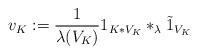
LaTeX: \begin{align*}v_K:=\frac{1}{\lambda(V_K)} 1_{K *V_K} *_\lambda \tilde{1}_{V_K}\end{align*}